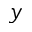
y